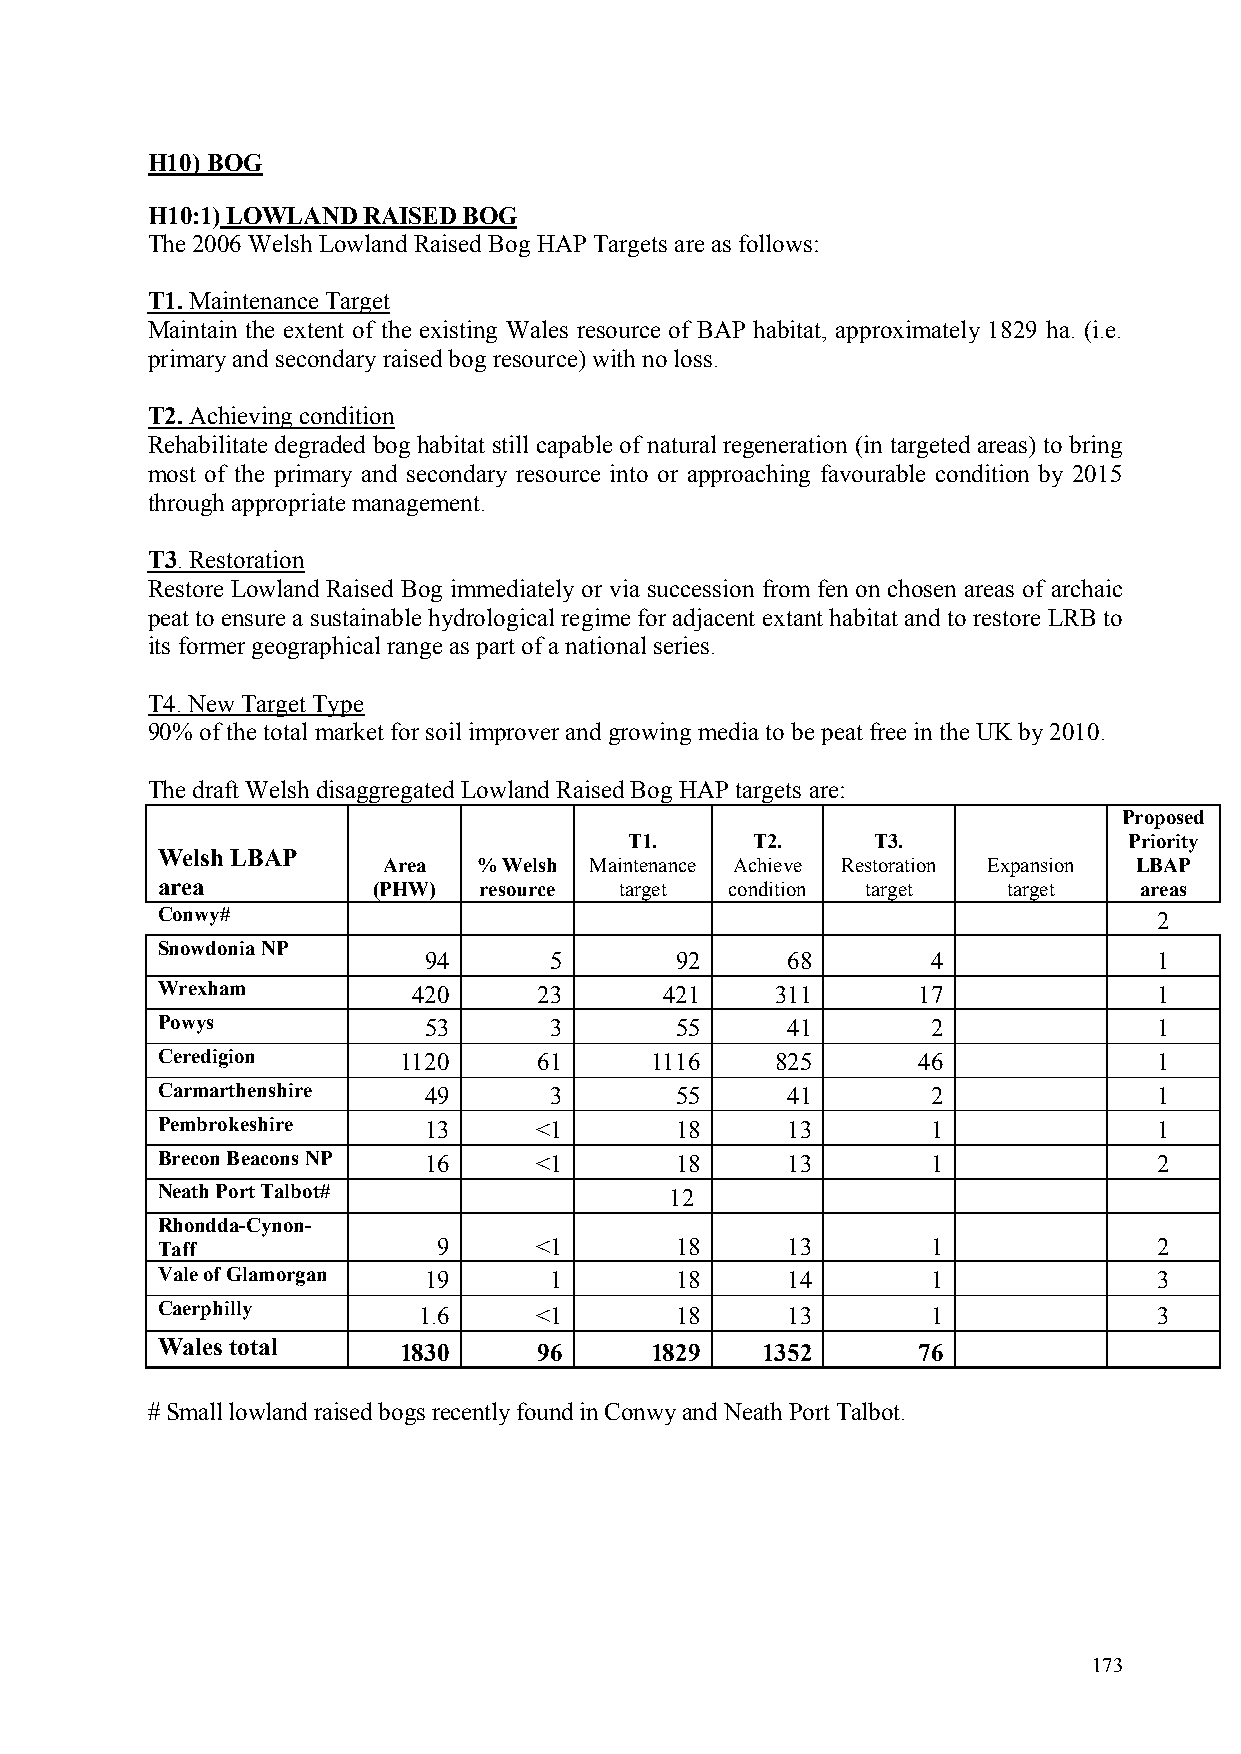
H10) BOG
 H10:1)LOWLAND RAISED BOG
 The2006Welsh Lowland Raised Bog HAP Targets are as follows:
 T1. Maintenance Target
 Maintain the extent of the existing Wales resource of BAP habitat, approximately 1829 ha. (i.e.
 primary and secondary raised bog resource) with no loss.
 T2. Achieving condition
 Rehabilitate degraded bog habitat still capable of natural regeneration (in targeted areas) to bring
 most of the primary and secondary resource into or approaching favourable condition by 2015
 through appropriate management.
 T3. Restoration
 Restore Lowland Raised Bog immediately or via succession from fen on chosen areas of archaic
 peat to ensure a sustainable hydrological regime for adjacent extant habitat and to restore LRB to
 its former geographical range as part of a national series.
 T4. New Target Type
 90% of the total market for soil improver and growing media to be peat free in the UK by 2010.
 The draft Welsh disaggregated Lowland Raised BogHAP targets are:
 Proposed
 T1.     T2.     T3.              Priority
 Welsh LBAP
 Area   % Welsh Maintenance Achieve Restoration Expansion LBAP
 area           (PHW)  resource target condition target   target  areas
 Conwy#                                                             2
 Snowdonia NP
 94      5        92     68        4              1
 Wrexham          420      23      421    311       17              1
 Powys             53      3        55     41        2              1
 Ceredigion      1120      61     1116    825       46              1
 Carmarthenshire   49      3        55     41        2              1
 Pembrokeshire     13     <1        18     13        1              1
 Brecon Beacons NP 16     <1        18     13        1              2
 Neath Port Talbot#                12
 Rhondda-Cynon-
 Taff               9     <1        18     13        1              2
 Vale of Glamorgan 19      1        18     14        1              3
 Caerphilly        1.6    <1        18     13        1              3
 Wales total     1830      96     1829   1352       76
 # Small lowland raised bogs recently found in Conwy and Neath Port Talbot.
 173